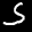
Digit: 5